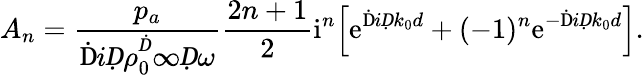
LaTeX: A_{n}=\frac{p_{a}}{\mathrm ḊiḌ\rho_{0}^{Ḋ}\infty Ḍ\omega}\frac{2n+1}{2}\mathrm{i}^{n}\Big[\mathrm{e}^{\mathrm ḊiḌk_{0}d}+(-1)^{n}\mathrm{e}^{-\mathrm ḊiḌk_{0}d}\Big].